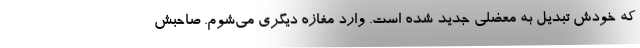
که خودش تبدیل به معضلی جدید شده است. وارد مغازه دیگری می‌شوم. صاحبش